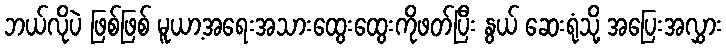
ဘယ်လိုပဲ ဖြစ်ဖြစ် မူယာ့အရေးအသားထွေးထွေးကိုဖတ်ပြီး နွယ် ဆေးရုံသို့ အပြေးအလွှား